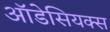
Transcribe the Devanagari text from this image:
ऑडेसियक्स